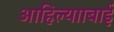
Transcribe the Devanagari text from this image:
आहिल्यााबाई